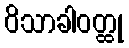
ဝိသာခါဝတ္ထု